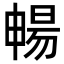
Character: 暢